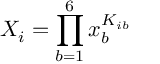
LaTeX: X _ { i } = \prod _ { b = 1 } ^ { 6 } x _ { b } ^ { K _ { i b } }